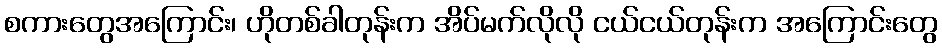
စကားတွေအကြောင်း၊ ဟိုတစ်ခါတုန်းက အိပ်မက်လိုလို ငယ်ငယ်တုန်းက အကြောင်းတွေ